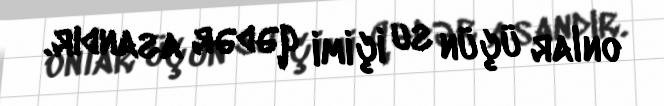
onlar üçün su içimi qədər asandır.